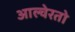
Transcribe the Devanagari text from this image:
आल्वेरतो